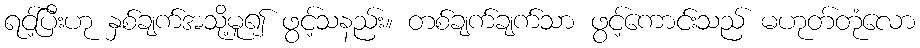
ရင့်ပြီးဟု နှစ်ချက်အသို့မူ၍ ဖွင့်သနည်း။ တစ်ချက်ချက်သာ ဖွင့်ကောင်းသည် မဟုတ်တုံလော